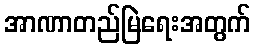
အာဏာတည်မြဲရေးအတွက်